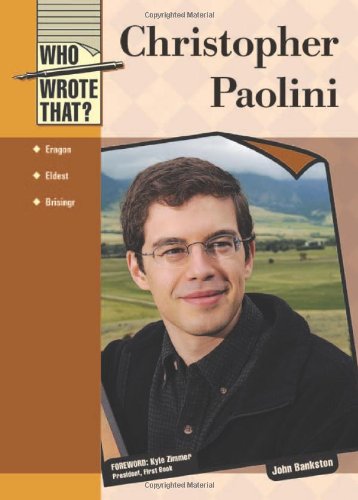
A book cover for Christopher Paolini (Who Wrote That?); John Bankston; Science Fiction & Fantasy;